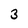
Character: 3